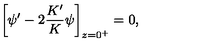
\bigg [ \psi ^ { \prime } - 2 \frac { K ^ { \prime } } { K } \psi \bigg ] _ { z = 0 ^ { + } } = 0 ,